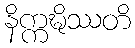
နိက္ကဍ္ဎိဿတိ